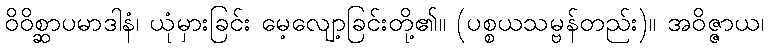
ဝိဝိစ္ဆာပမာဒါနံ၊ ယုံမှားခြင်း မေ့လျော့ခြင်းတို့၏။ (ပစ္စယသမ္ဗန်တည်း)။ အဝိဇ္ဇာယ၊